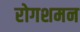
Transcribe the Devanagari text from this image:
रोगशमन